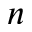
n